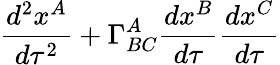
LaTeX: \frac{d^{2}x^{A}}{d\tau^{2}}+\Gamma_{BC}^{A}\frac{dx^{B}}{d\tau}\frac{dx^{C}}{d\tau}